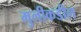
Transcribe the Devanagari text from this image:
मुलीकडील